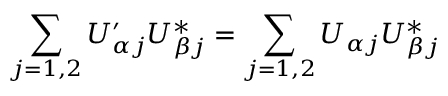
\sum _ { j = 1 , 2 } U _ { \alpha j } ^ { \prime } U _ { \beta j } ^ { * } = \sum _ { j = 1 , 2 } U _ { \alpha j } U _ { \beta j } ^ { * }